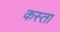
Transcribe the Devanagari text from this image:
कस्‍ता